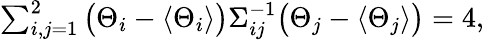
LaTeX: \begin{array}{r}{\sum_{i,j=1}^{2}\big(\Theta_{i}-\langle\Theta_{i}\rangle\big)\Sigma_{ij}^{-1}\big(\Theta_{j}-\langle\Theta_{j}\rangle\big)=4,}\end{array}